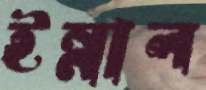
ইন্নাল